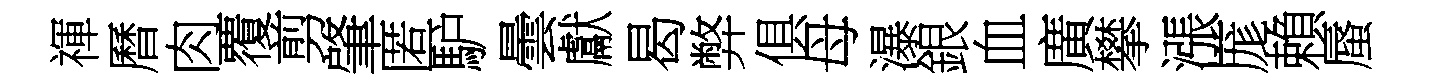
禈曆肉覆剪肇匿馿曇獻曷弊俱母瀑銀血廣攀漲厖賴蜃